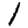
Digit: 1